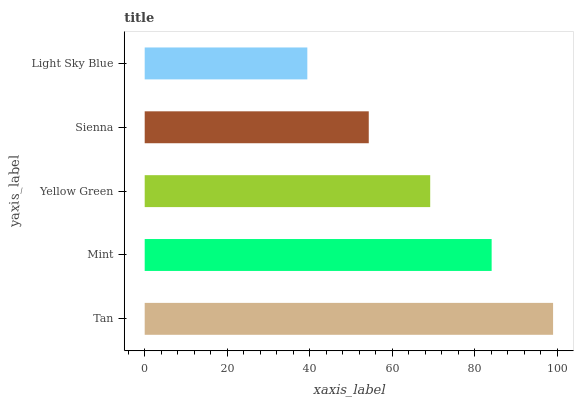
| yaxis_label | bars |
 | --- | --- |
 | Tan | 99 |
 | Mint | 84.1 |
 | Yellow Green | 69.2 |
 | Sienna | 54.3 |
 | Light Sky Blue | 39.4 |